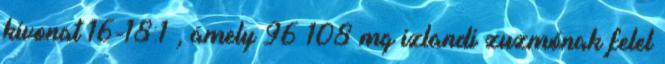
kivonat 16-18:1 , amely 96‑108 mg izlandi zuzmónak felel